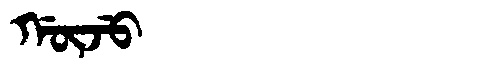
Manchu: ᡤᡡᠵᡠ
Romanization: GŪJU